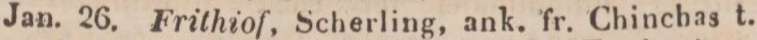
Jan.    26.    Frithiof, Scherling, ank. fr. Chinchas t.